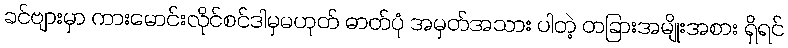
ခင်ဗျားမှာ ကားမောင်းလိုင်စင်ဒါမှမဟုတ် ဓာတ်ပုံ အမှတ်အသား ပါတဲ့ တခြားအမျိုးအစား ရှိရင်